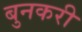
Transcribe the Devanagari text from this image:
बुनकरी